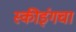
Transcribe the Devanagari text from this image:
स्कीइंगचा